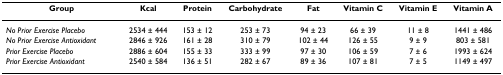
| Group | Kcal | Protein | Carbohydrate | Fat | Vitamin C | Vitamin E | Vitamin A |
 | --- | --- | --- | --- | --- | --- | --- | --- |
 | No Prior Exercise Placebo | 2534 ± 444 | 153 ± 12 | 253 ± 73 | 94 ± 23 | 66 ± 39 | 11 ± 8 | 1441 ± 486 |
 | No Prior Exercise Antioxidant | 2846 ± 926 | 161 ± 28 | 310 ± 79 | 102 ± 44 | 126 ± 55 | 9 ± 9 | 803 ± 581 |
 | Prior Exercise Placebo | 2886 ± 604 | 155 ± 33 | 333 ± 99 | 97 ± 30 | 106 ± 59 | 7 ± 6 | 1993 ± 624 |
 | Prior Exercise Antioxidant | 2540 ± 584 | 136 ± 51 | 282 ± 67 | 89 ± 36 | 107 ± 81 | 7 ± 5 | 1149 ± 497 |